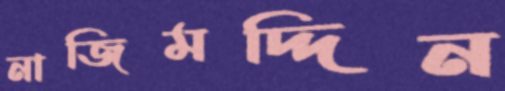
নাজিমদ্দিন